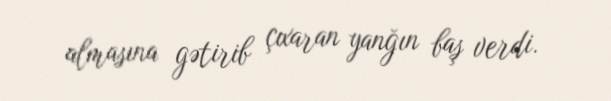
almasına gətirib çıxaran yanğın baş verdi.